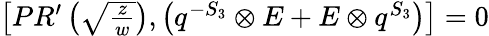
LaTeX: \begin{array}{c}{{\left[PR^{\prime}\left(\sqrt{\frac{z}{w}}\right),\left(q^{-S_{3}}\otimes E+E\otimes q^{S_{3}}\right)\right]=0}}\end{array}